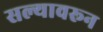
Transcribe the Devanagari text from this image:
सल्यावरून